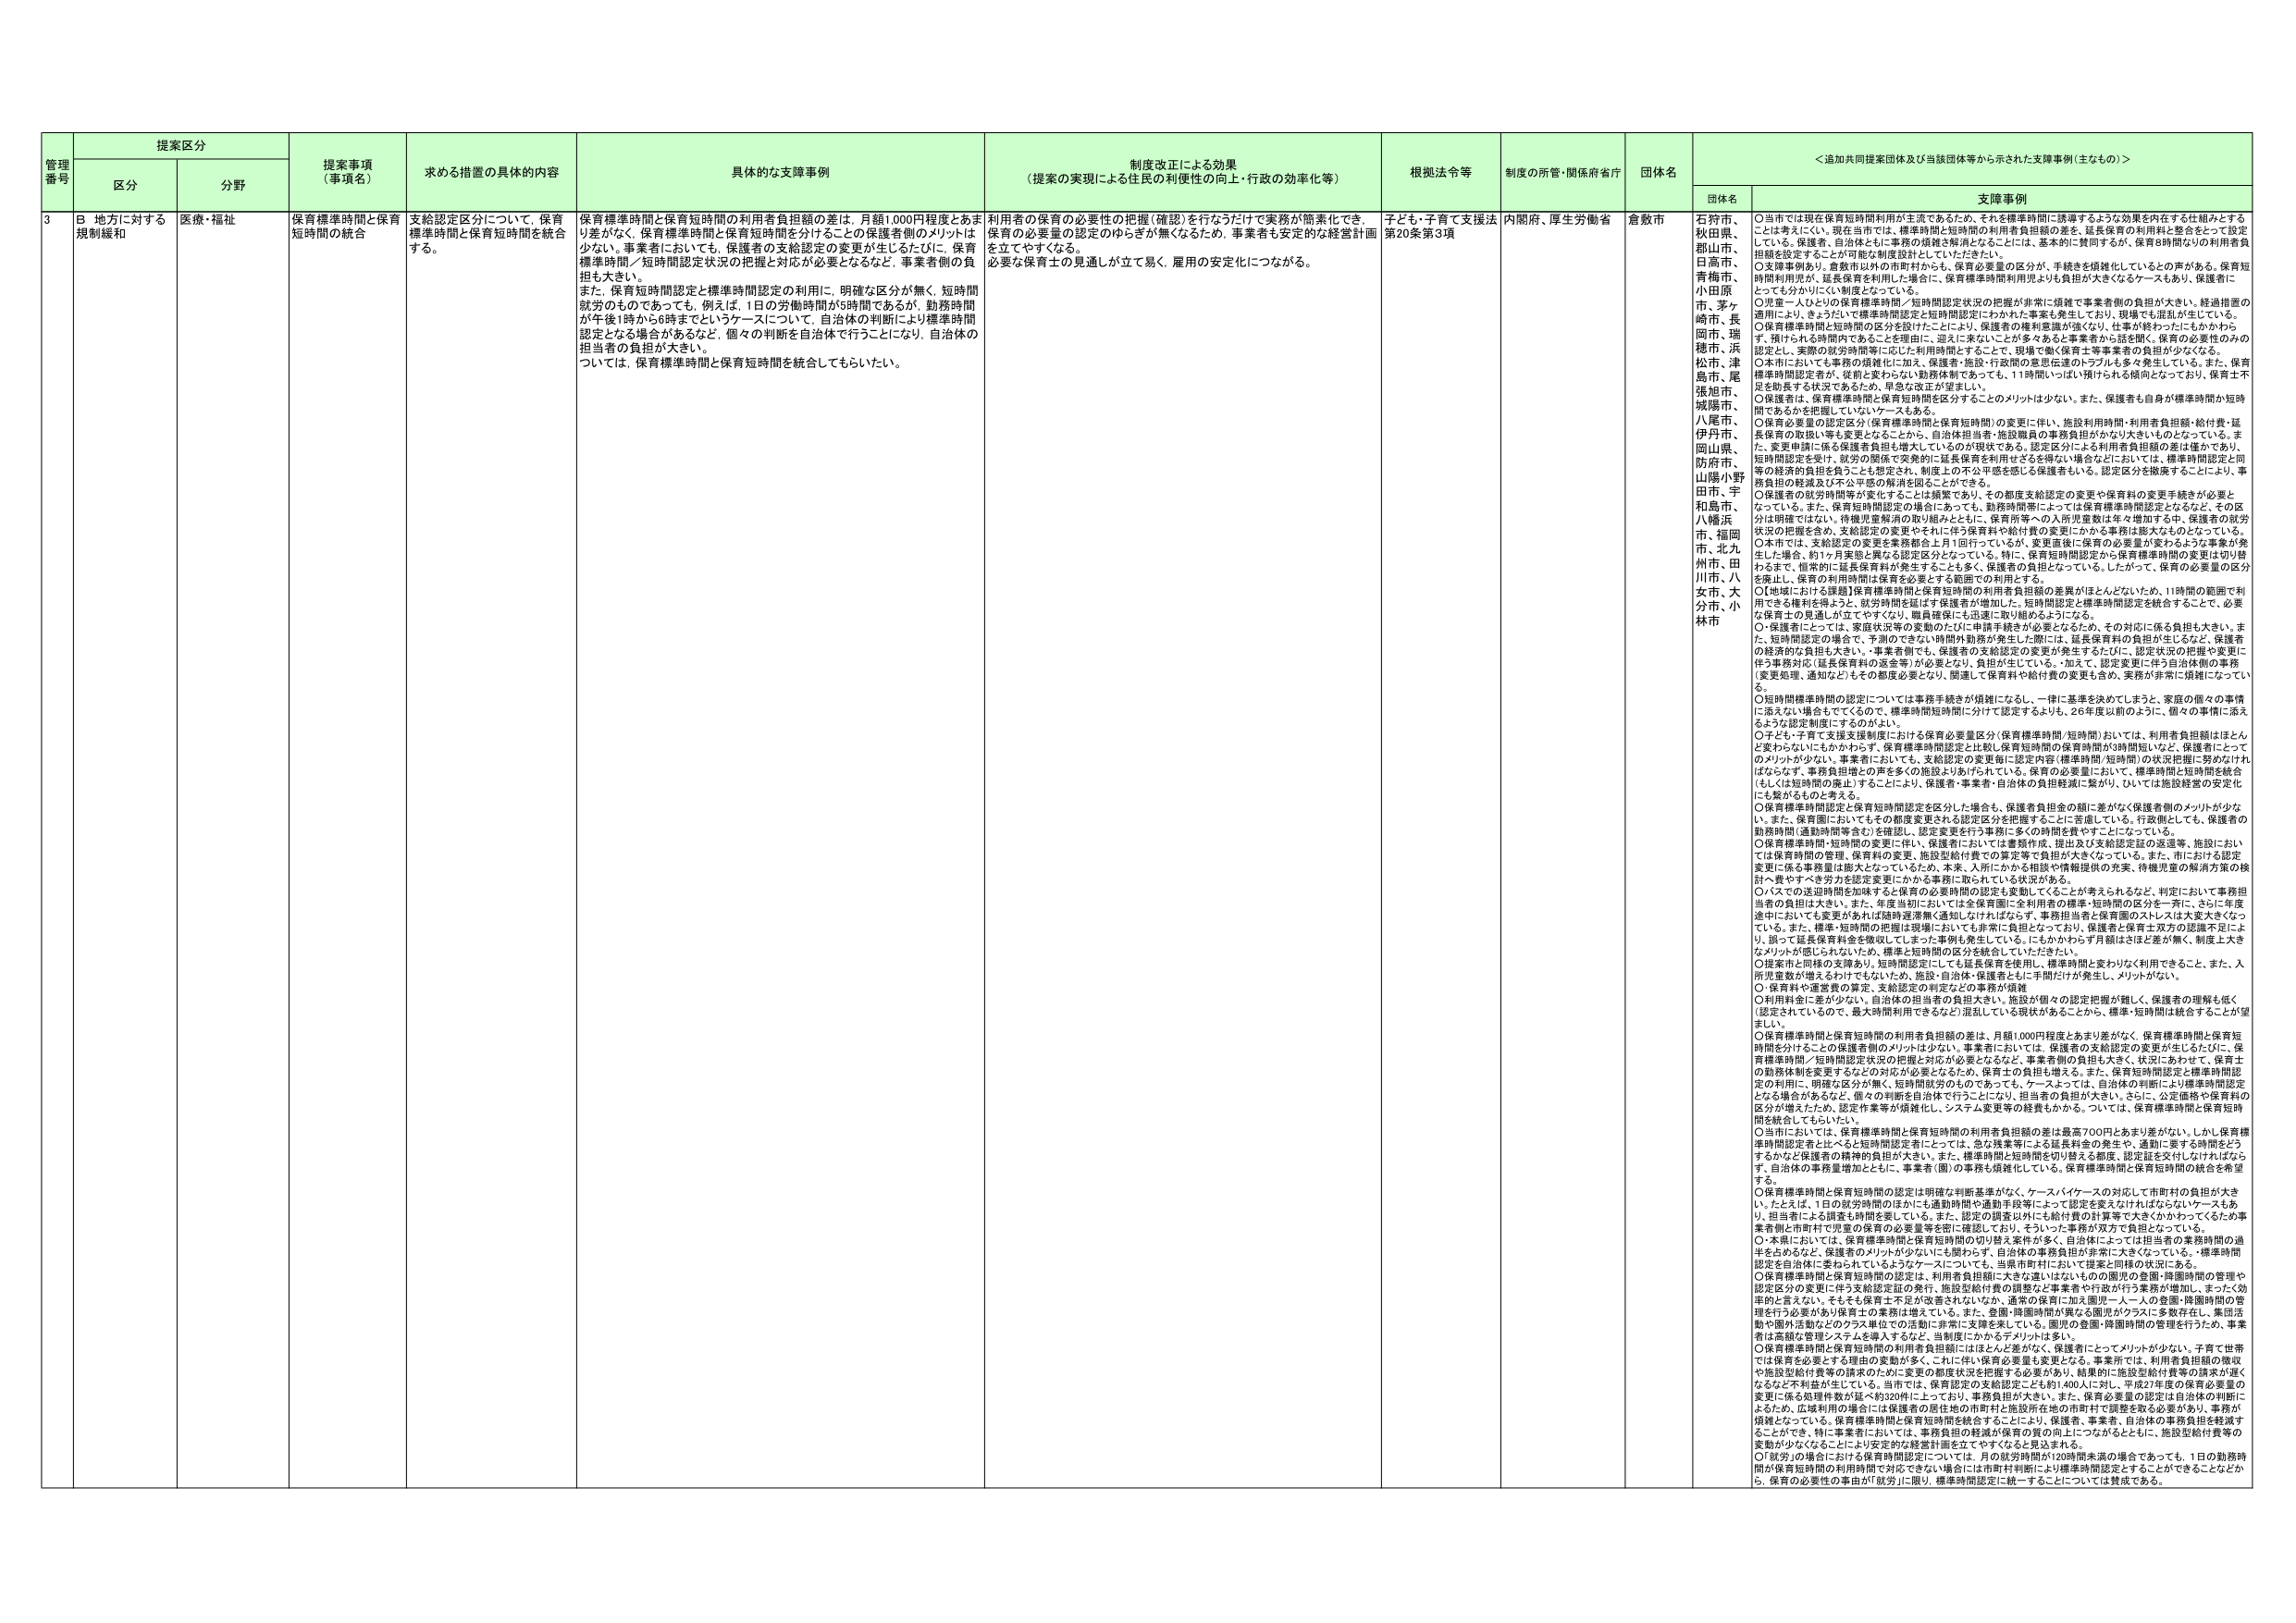
管理番号 提案区分 提案事項（事項名） 求める措置の具体的内容 具体的な支援事例 制度改正による効果（提案の実現による住民の利便性の向上・行政の効率化等） 根拠法令等 制度の所管・関係府省庁 団体名 ＜追加共同提案団体及び当該団体等から示された支援事例（主なもの）＞

区分 分野 団体名 支援事例

3 B 地方に対する規制緩和 医療・福祉 保育標準時間と保育短時間の統合 支給認定区分について、保育標準時間と保育短時間を統合する。 保育標準時間と保育短時間の利用者負担額の差は、月額1,000円程度とあまり差がなく、保育標準時間と保育短時間を分けることの保護者側のメリットは少ない。事業者においても、保護者の支給認定の変更が生じるたびに、保育標準時間／短時間認定状況の把握と対応が必要となるなど、事業者側の負担も大きい。 また、保育短時間認定と標準時間認定の利用に、明確な区分が無く、短時間就労のものであっても、例えば、1日の労働時間が5時間であるが、勤務時間が午後1時から6時までというケースについて、自治体の判断により標準時間認定となる場合があるなど、個々の判断を自治体で行うことになり、自治体の担当者の負担が大きい。 ついては、保育標準時間と保育短時間を統合してもらいたい。 利用者の保育の必要性の把握（確認）を行なうだけで実務が簡素化でき、保育の必要量の認定のゆらぎが無くなるため、事業者も安定的な経営計画を立てやすくなる。 必要な保育士の見通しが立て易く、雇用の安定化につながる。 子ども・子育て支援法 第20条第3項 内閣府、厚生労働省 倉敷市 石狩市、秋田県、郡山市、日高市、青梅市、小田原市、茅ヶ崎市、長岡市、瑞穂市、浜松市、津島市、尾張旭市、城陽市、八尾市、伊丹市、岡山県、防府市、山陽小野田市、宇和島市、八幡浜市、福岡市、北九州市、田川市、八女市、大分市、小林市 ○当市では現在保育短時間利用が主流であるため、それを標準時間に誘導するような効果を内生する仕組みとする ことは考えにくい。現在当市では、標準時間と短時間の利用者負担額の差を、延長保育の利用料と整合をとって設定 している。保護者、自治体ともに事務の煩雑さ解消となることは、基本的に賛同するが、保育8時間内の利用者負 担額を設定することが可能な制度設計としていただきたい。 ○実質事例あり。倉敷市以外の市町村からも、保育必要量の区分が、手続きを煩雑化しているとの声がある。保育短 時間利用児が、延長保育を利用した場合に、保育標準時間利用児よりも負担が大きくなるケースもあり、保護者に とっても分かりにくい制度となっている。 ○児童一人ひとりの保育標準時間／短時間認定状況の把握が非常に煩雑で事業者側の負担が大きい。経過措置の 適用により、きょうだいで標準時間認定と短時間認定にわかれた事業も発生しており、現場でも混乱が生じている。 ○保育標準時間と短時間の区分を設けたことにより、保護者の権利意識が強くなり、仕事の終わりにたしかから ず、預けられる時間内であることを理由に、逆に「来ないことが多い」など事業者から話が聞く。保育の必要性のみの 認定とし、実際の就労時間等に応じた利用時間とする。ことで、現場で働く保育士等事業者の負担が少なくなる。 ○本市においても事務の煩雑化に加え、保護者・施設・行政間の意思伝達のトラブルも多々発生している。また、保育 標準時間認定者が、従前と変わらない勤務体制であっても、11時間いっぱい預けられる傾向となっており、保育士不 足を助長する状況であるため、早急な改正が望ましい。 ○保護者は、保育標準時間と保育短時間を区分することのメリットは少ない。また、保護者も自身が標準時間が短時 間であるかを把握していないケースもある。 ○保育必要量の認定区分（保育標準時間と保育短時間）の変更に伴い、施設利用時間・利用者負担額・給付費・延 長保育の取扱い等も変更となることから、自治体担当者・施設職員の事務負担がかなり大きいものとなっている。ま た、変更申請に係る保護者負担も増大しているのが現状である。認定区分による利用者負担額の差は僅かであり、 短時間認定を受け、就労の関係で実質的に延長保育を利用できるを得ない場合などにおいては、標準時間認定と同 等の経済的負担を負うことも想定され、制度上の不公平感を感じる保護者もいる。認定区分を撤廃することにより、事 務負担の軽減及び不公平感の解消を図ることができる。 ○保護者の就労時間等が変化することは頻繁であり、その都度支給認定の変更や保育料の変更手続きが必要と なっている。また、保育短時間認定の場合にあっても、勤務時間等によっては保育標準時間認定となるなど、その区 分は明確ではない。待機児童解消の取り組みとともに、保育所等への入所児童数は年々増加する中、保護者の就労 状況の把握を含め、支給認定の変更やそれに伴う保育料や給付費の変更にかかる事務負担を大きくしている。 ○本市では、支給認定の変更を業務都合上月1回行っているが、変更直後に保育の必要量が変わるような事案が発 生した場合、約1ヶ月実態と異なる認定区分となっている。特に、保育短時間認定から保育標準時間の変更は切り替 わるまで、恒常的に延長保育料が発生することも多く、保護者の負担となっている。したがって、保育の必要量の区分 を廃止し、保育の利用時間は保育を必要とする範囲での利用とする。 ○【地域における課題】保育標準時間と保育短時間の利用者負担額の差異がほとんどないため、11時間の範囲で利 用できる権利を得た上で、就労時間を延ばす保護者が増加した。短時間認定と標準時間認定を統合することで、必要 な保育士の見通しが立てやすくなり、職員確保にも迅速に取り組めるようになる。 ○保護者にとっては、家庭状況等の変動のたびに申請手続きが必要となるため、その対応に係る負担も大きい。ま た、短時間認定の場合は、予測のできない時間外勤務が発生した際には、延長保育料の負担が生じるなど、保護者 の経済的・負担は大きい。事業者側でも、保護者の支給認定の変更が発生するたびに、認定状況の把握や変更に 伴う事務対応（延長保育料の返金等）が必要となり、負担が生じている。加えて、認定変更に伴う自治体側の事務 （変更処理、通知など）もその都度必要となり、関連して保育料や給付費の変更も含め、実務が非常に煩雑になってい る。 ○短時間標準時間の認定については事務手続きが煩雑になるし、一律に基準を決めてしまうと、家庭の個々の事情 に添えない場合もでてくるので、標準時間短時間に分けて認定するよりも、26年度以前のように、個々の事情に添え るような認定制度にするのがよい。 ○子ども・子育て支援法制度においては保育必要量区分（保育標準時間／短時間）おいては、利用者負担額はほとん ど変わらないにもかかわらず、保育標準時間認定と比較し保育短時間の保育時間が短時間短いなど、保護者にとって のメリットが少ない。事業者においても、支給認定の変更毎に認定内容（標準時間／短時間）の状況把握に努めなけれ ばならず、事務負担増との声を多くの施設よりあげられている。保育の必要量において、標準時間と短時間を統合 （もしくは短時間の廃止）することにより、保護者・事業者・自治体の負担軽減に繋がり、ひいては施設経営の安定化 にも繋がるものと考える。 ○保育標準時間認定と保育短時間認定を区分した場合も、保護者負担金の額に差がなく保護者側のメリットが少な い。また、保育園においてもその都度変更される認定区分を把握することに苦慮している。行政側としても、保護者の 勤務時間（通勤時間等含む）を確認し、認定変更を行う事務に多くの時間費を費やすことになっている。 ○保育標準時間・短時間の変更に伴い、保護者においては書類作成、提出及び支給認定証の返還等、施設におい ては保育時間の管理、保育料の変更、施設型給付費での算定等で負担が大きくなっている。また、市における認定 変更に係る事務量は膨大となっているため、本來、入所にかかる相談や情報提供の充実、待機児童の解消方策の検 討へ費やすべき労力を認定変更にかかる事務に取られている状況がある。 ○バズでの送迎時間添加味すると保育の必要時間の認定も変動してくることが考えられるなど、判定において事務担 当者の負担は大きい。また、年度当初においては全保育園に全利用者の標準・短時間の区分を一斉に、さらに年度 途中においても変更があれば随時運営費（通知し切れればならず、事務担当者と保育園のストレスは大変大きくなっ ている。また、標準・短時間の把握は年毎においても非常に負担となっており、保護者と保育士双方の誤謬不足によ り、誤って延長保育料金を徴収してしまった事例も発生している。にもかかわらず月額はほぼ差が無く、制度上大き なメリットが感じられないため、標準と短時間の区分を統合していただきたい。 ○提案市と同様の支障あり。短時間認定にしても延長保育を使用し、標準時間と変わりなく利用できること、また、入 所児童数が増えるわけでもないため、施設・自治体・保護者ともに手間だけが発生し、メリットがない。 ○保育料や運営費の算定・支給認定の判定などの事務が煩雑 ○利用料金に差が少ない、自治体の担当者の負担大きい、施設が個々の認定把握が難しく、保護者の理解も低く （認定されているので、最大時間利用できるなど）混乱している現状があることから、標準・短時間は統合することが望 ましい。 ○保育標準時間と保育短時間の利用者負担額の差は、月額1,000円程度とあまり差がない。保育標準時間と保育短 時間を分けることの保護者側のメリットは少ない。事業者においては、保護者の支給認定の変更が生じるたびに、保 育標準時間／短時間認定状況の把握と対応が必要となるなど、事業者側の負担も大きく、状況にあわせて、保育士 の勤務体制を変更するなどの対応が必要となるため、保育士の負担も増える。また、保育短時間認定と標準時間認定 の利用に、明確な区分が無く、短時間就労のものであっても、ケースよっては、自治体の判断により標準時間認定 となる場合があるなど、個々の判断を自治体で行うことになり、担当者の負担が大きい。さらに、公定価格や保育料の 区分が増えたため、認定作業等が煩雑化し、システム変更等の経費もかかる。ついては、保育標準時間と保育短時 間を統合してもらいたい。 ○当市においては、保育標準時間と保育短時間の利用者負担額の差は最高700円とあまり差がない。しかし保育標 準時間認定者と比べると短時間認定者にとっては、急な残業等による延長料金の発生や、通知に要する時間をどう するかなど保護者の精神的負担が大きい。また、標準時間と短時間を切り替える都度、認定証を交付しなければなら ず、自治体の事務量増加とともに、事業者（園）の事務も煩雑化している。保育標準時間と保育短時間の統合を希望 する。 ○保育標準時間と保育短時間の認定は明確な判断基準がなく、ケースバイケースの対応して市町村の負担が大き い。たとえば、1日の就労時間のほかにも通勤時間や通勤手段等によって認定を変えなければならないうケースもあ り、担当者による調査も時間を要している。また、認定の調査以外にも給付費の計算等で大きくかかわってくるため事 業者側と市町村で児童の保育の必要量等を密に確認しており、そういった事務が双方で負担となっている。 ○本県においては、保育標準時間と保育短時間の切り替え条件が多く、自治体によっては担当者の業務時間の過 半を占めるなど、保護者もメリットが少ないにも関わらず、自治体の事務負担が非常に大きくなっている。標準時間 認定を自治体に委ねられているようなケースについても、当県市町村において提案と同様の状況にある。 ○保育標準時間と保育短時間の認定は、利用者負担額に大きな違いはないものの園児の登園・降園時間の管理や 認定区分の変更に伴う支給認定証の発行、施設型給付費の調整など事業者や行政が行う事務が増加、まったく効 率的と言えない。そもそも保育士不足が改善されないなか、通常の保育に加え園児一人一人の登園・降園時間の管 理を行う必要があり保育士の業務は増えている。また、登園・降園時間が異なる園児がクラスに多数存在し、集団活 動や園外活動などのクラス単位での活動に非常に支障を来している。園児の登園・降園時間の管理を行うため、事業 者は高額な管理システムを導入するなど、当制度にかかるデメリットは多い。 ○保育標準時間と保育短時間の利用者負担額にはほとんど差がなく、保護者にとってメリットが少ない。子育て世帯 では保育を必要とする理由の変動が多く、これに伴い保育必要量も変更となる。事業所では、利用者負担額の徴収 や施設型給付費等の請求のために変更の都度決定を把握する必要があり、結果的に施設型給付費等の請求が遅く なるなど不利益が生じている。当市では、保育料の支給認定による約1400人にに対し、平成27年度の保育必要量の 変更に係る処理件数が延べ約320件に上っており、事務負担が大きい。また、保育必要量の認定は自治体の判断に よるため、広域利用の場合には保護者の居住地の市町村と施設所在地の市町村で調整を取る必要があり、事務が 煩雑となっている。保育標準時間と保育短時間を統合することにより、保護者、事業者、自治体の事務負担を軽減す ることができ、特に事業者においては、事務負担の軽減が保育の質の向上につながるとともに、施設型給付費等の 変動が少なくなることにより安定的な経営計画を立てやすくなると見込まれる。 ○「就労」の場合における保育時間認定については、月の就労時間が20時間未満の場合であっても、1日の勤務時 間が保育短時間の利用時間で対応できない場合には市町村判断により標準時間認定とすることができるところだか ら、保育の必要性の事由が「就労」に限り、標準時間認定に統一することについては賛成である。